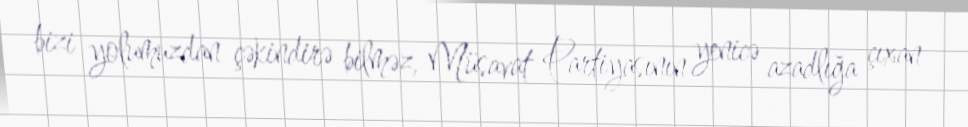
bizi yolumuzdan çəkindirə bilməz, Müsavat Partiyasının yenicə azadlığa çıxan